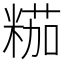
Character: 𱹐